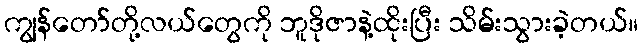
ကျွန်တော်တို့လယ်တွေကို ဘူဒိုဇာနဲ့ထိုးပြီး သိမ်းသွားခဲ့တယ်။